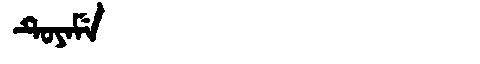
Manchu: ᡨᡠᠶᠠᠮᡝ
Romanization: TUYAME